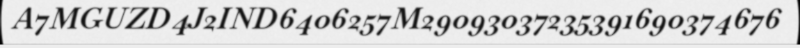
A7MGUZD4J2IND6406257M29093037235391690374676